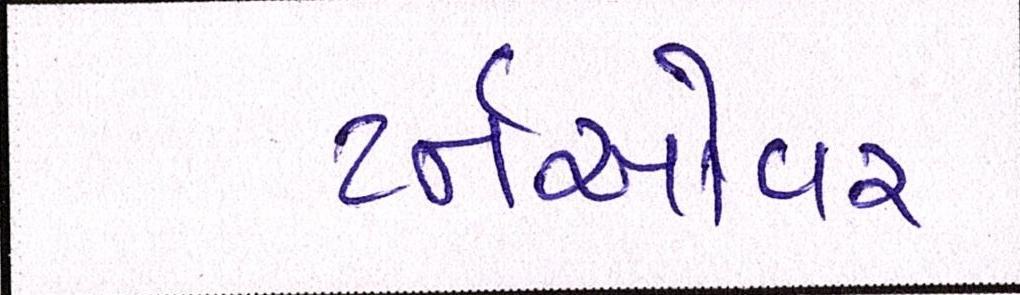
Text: ટર્નઓવર